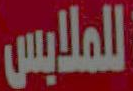
للملابس